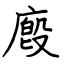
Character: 廏